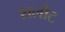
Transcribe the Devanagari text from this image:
शलोट